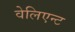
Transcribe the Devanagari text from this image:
वेलिएन्ट